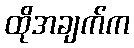
ထိုအချက်က